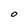
Character: O